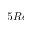
5 R e